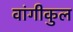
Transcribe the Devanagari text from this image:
वांगीकुल